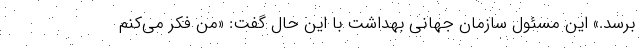
برسد.» این مسئول سازمان جهانی بهداشت با این حال گفت: «من فکر می‌کنم